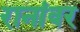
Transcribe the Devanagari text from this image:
रानांवर